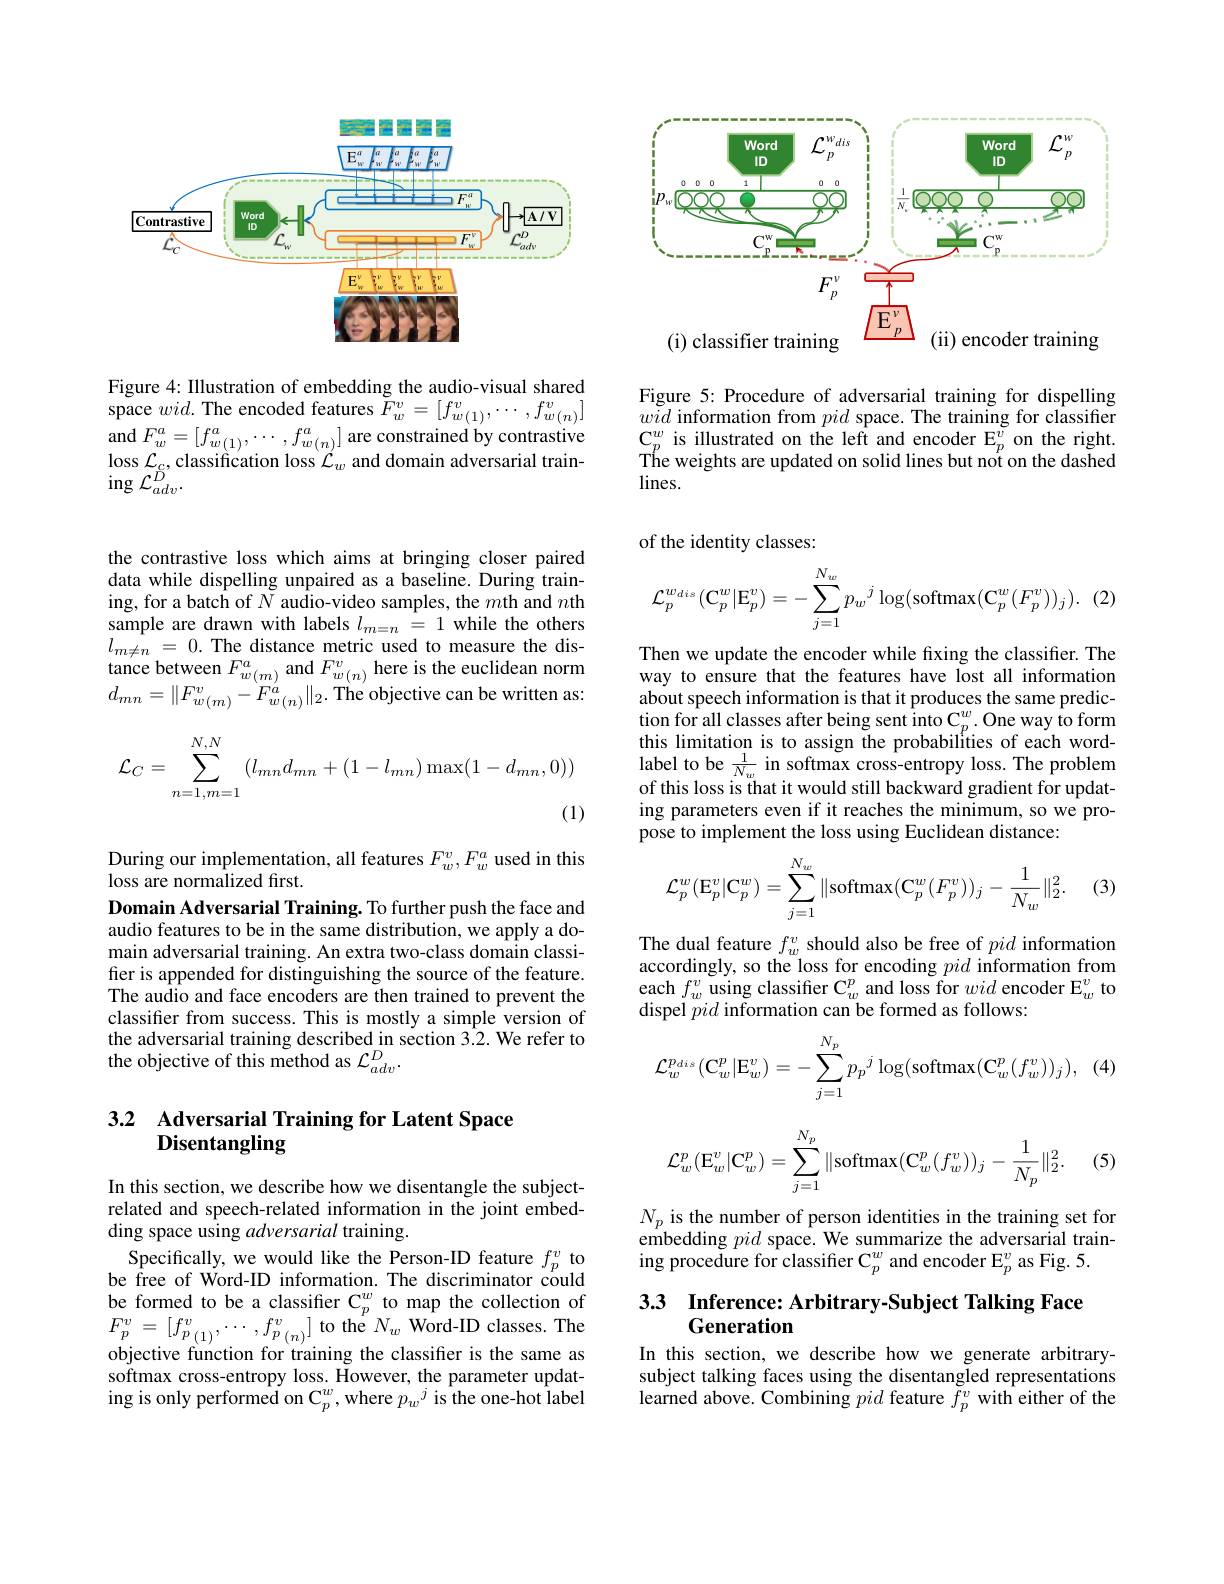
<FigureHere>

Figure 4: Illustration of embedding the audio-visual shared space $wid.$ The encoded features $F_w^v=[f_w_{(1)}^v,\cdots,f_{w(n)}^v]$ $\begin{array}{l}{\mathrm{and~}F_{w}^{a}=[f_{w(1)}^{a},\cdots,f_{w(n)}^{a}]\text{ are constrained by contrastive}}\\{\mathrm{loss~}\mathcal{L}_{c},\mathrm{~classification~loss~}\mathcal{L}_{w}\mathrm{~and~domain~adversarial~train-}}\end{array}$ $\operatorname{ing}\mathcal{L}_{adv}^{D}.$

the contrastive loss which aims at bringing closer paired data while dispelling unpaired as a baseline. During training, for a batch of $\tilde{N}$ audio-video samples, the $m$th and $n$th sample are drawn with labels $l_{m=n}\hat{=1}$ while the others $l_{m\neq n}=0.$The distance metric used to measure the dis- $\begin{array}{l}\text{tance between }F_{w(m)}^{a}\mathrm{~and~}F_{w(n)}^{v}\mathrm{~here~is~the~euclidean~norm}\\d_{mn}=\|F_{w(m)}^{v}-F_{w(n)}^{a}\|_{2}.\mathrm{~The~objective~can~be~written~as:}\end{array}$
$$\mathcal{L}_{C}=\sum_{n=1,m=1}^{N,N}(l_{mn}d_{mn}+(1-l_{mn})\max(1-d_{mn},0))$$
(1)

During our implementation, all features $F_w^v,F_w^a$ used in this
loss are normalized first.
Domain Adversarial Training. To further push the face and audio features to be in the same distribution, we apply a domain adversarial training. An extra two-class domain classifier is appended for distinguishing the source of the feature. The audio and face encoders are then trained to prevent the classifier from success. This is mostly a simple version of the adversarial training described in section 3.2. We refer to the objective of this method as $\mathcal{L}_adv^D.$

## 3.2 Adversarial Training for Latent Space Disentangling

In this section, we describe how we disentangle the subjectrelated and speech-related information in the joint embedding space using adversarial training.
Specifically, we would like the Person-ID feature $f_p^v$ tobe free of Word-ID information. The discriminator could be formed to be a classifier C$_p^w$ to map the collection of $F_{p}^{v}$ = $[ f_{p\:( 1) }^{v}, \cdots$ $, f_{p\:( n) }^{v}]$ to the $N_w$ Word-ID classes. The objective function for training the classifier is the same as softmax cross-entropy loss. However, the parameter updating is only performed on C$_p^w$,where $p_w^j$ is the one-hot label

<FigureHere>

Figure 5: Procedure of adversarial training for dispelling $w\tilde{i}d$ information from pid space. The training for classifier $\begin{array}{l}{\mathbf{C}_{p}^{w}\mathrm{~is~illustrated~on~the~left~and~encoder~E}_{p}^{v}\mathrm{~on~the~right.}}\\{\mathrm{The~weights~are~updated~on~solid~lines~but~not~on~the~dashed}}\end{array}$ $lines.$

of the identity classes:
$$\mathcal{L}_{p}^{w_{dis}}(\mathbf{C}_{p}^{w}|\mathbf{E}_{p}^{v})=-\sum_{j=1}^{N_{w}}p_{w}^{j}\log(\mathrm{softmax}(\mathbf{C}_{p}^{w}(F_{p}^{v}))_{j}).$$
Then we update the encoder while fixing the classifier. The way to ensure that the features have lost all information about speech information is that it produces the same predic- $\begin{array}{c}{\text{tion for all classes after being sent into C}_{p}^{w}.\text{One way to form}}\\{\text{tion for all classes after being sent into C}_{p}^{w}.\text{One way to form}}\end{array}$ this limitation is to assign the probabilities of each wordlabel to be $\frac1{N_w}$ in softmax cross-entropy loss. The problem of this loss is that it would still backward gradient for updating parameters even if it reaches the minimum, so we propose to implement the loss using Euclidean distance:

(3)
$$\mathcal{L}_p^w(\mathrm{E}_p^v|\mathrm{C}_p^w)=\sum_{j=1}^{N_w}\|\mathrm{softmax}(\mathrm{C}_p^w(F_p^v))_j-\frac{1}{N_w}\|_2^2.$$
The dual feature $f_w^v$ should also be free of pid information accordingly, so the loss for encoding pid information from each $f_w^v$ using classifier C$_w^p$ and loss for wid encoder E$_w^v$ to dispel pid information can be formed as follows:
$$\mathcal{L}_{w}^{p_{dis}}(\mathbf{C}_{w}^{p}|\mathbf{E}_{w}^{v})=-\sum_{j=1}^{N_{p}}p_{p}^{j}\log(\mathrm{softmax}(\mathbf{C}_{w}^{p}(f_{w}^{v}))_{j}),$$
(5)
$$\mathcal{L}_w^p(\mathrm{E}_w^v|\mathrm{C}_w^p)=\sum_{j=1}^{N_p}\|\mathrm{softmax}(\mathrm{C}_w^p(f_w^v))_j-\frac{1}{N_p}\|_2^2.$$
$N_{p}$ is the number of person identities in the training set for embedding pid space. We summarize the adversarial training procedure for classifier C$_p^w$ and encoder E$_p^v$ as Fig. 5.

3.3 Inference: Arbitrary-Subject Talking Face
### Generation

In this section, we describe how we generate arbitrarysubject talking faces using the disentangled representations learned above. Combining pid feature $\tilde{f}_{p}^{v}$ with either of the